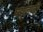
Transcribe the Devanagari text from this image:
पद्मनजी